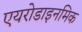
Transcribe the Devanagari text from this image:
एयरोडाइनमिक